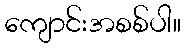
ကျောင်းအစစ်ပါ။